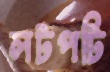
লটপটি